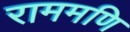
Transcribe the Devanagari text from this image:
राममणि